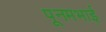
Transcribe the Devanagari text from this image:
पूनमभाई